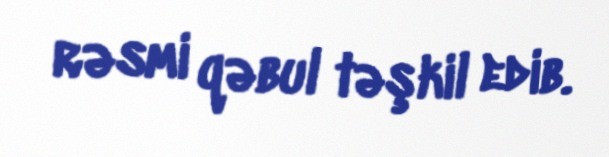
rəsmi qəbul təşkil edib.